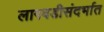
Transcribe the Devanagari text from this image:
लागवडीसंदर्भात